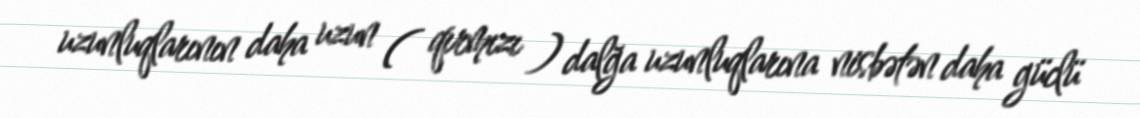
uzunluqlarının daha uzun ( qırmızı ) dalğa uzunluqlarına nisbətən daha güclü